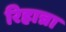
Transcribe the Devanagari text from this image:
रिहान्ना